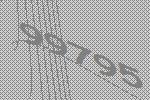
99795